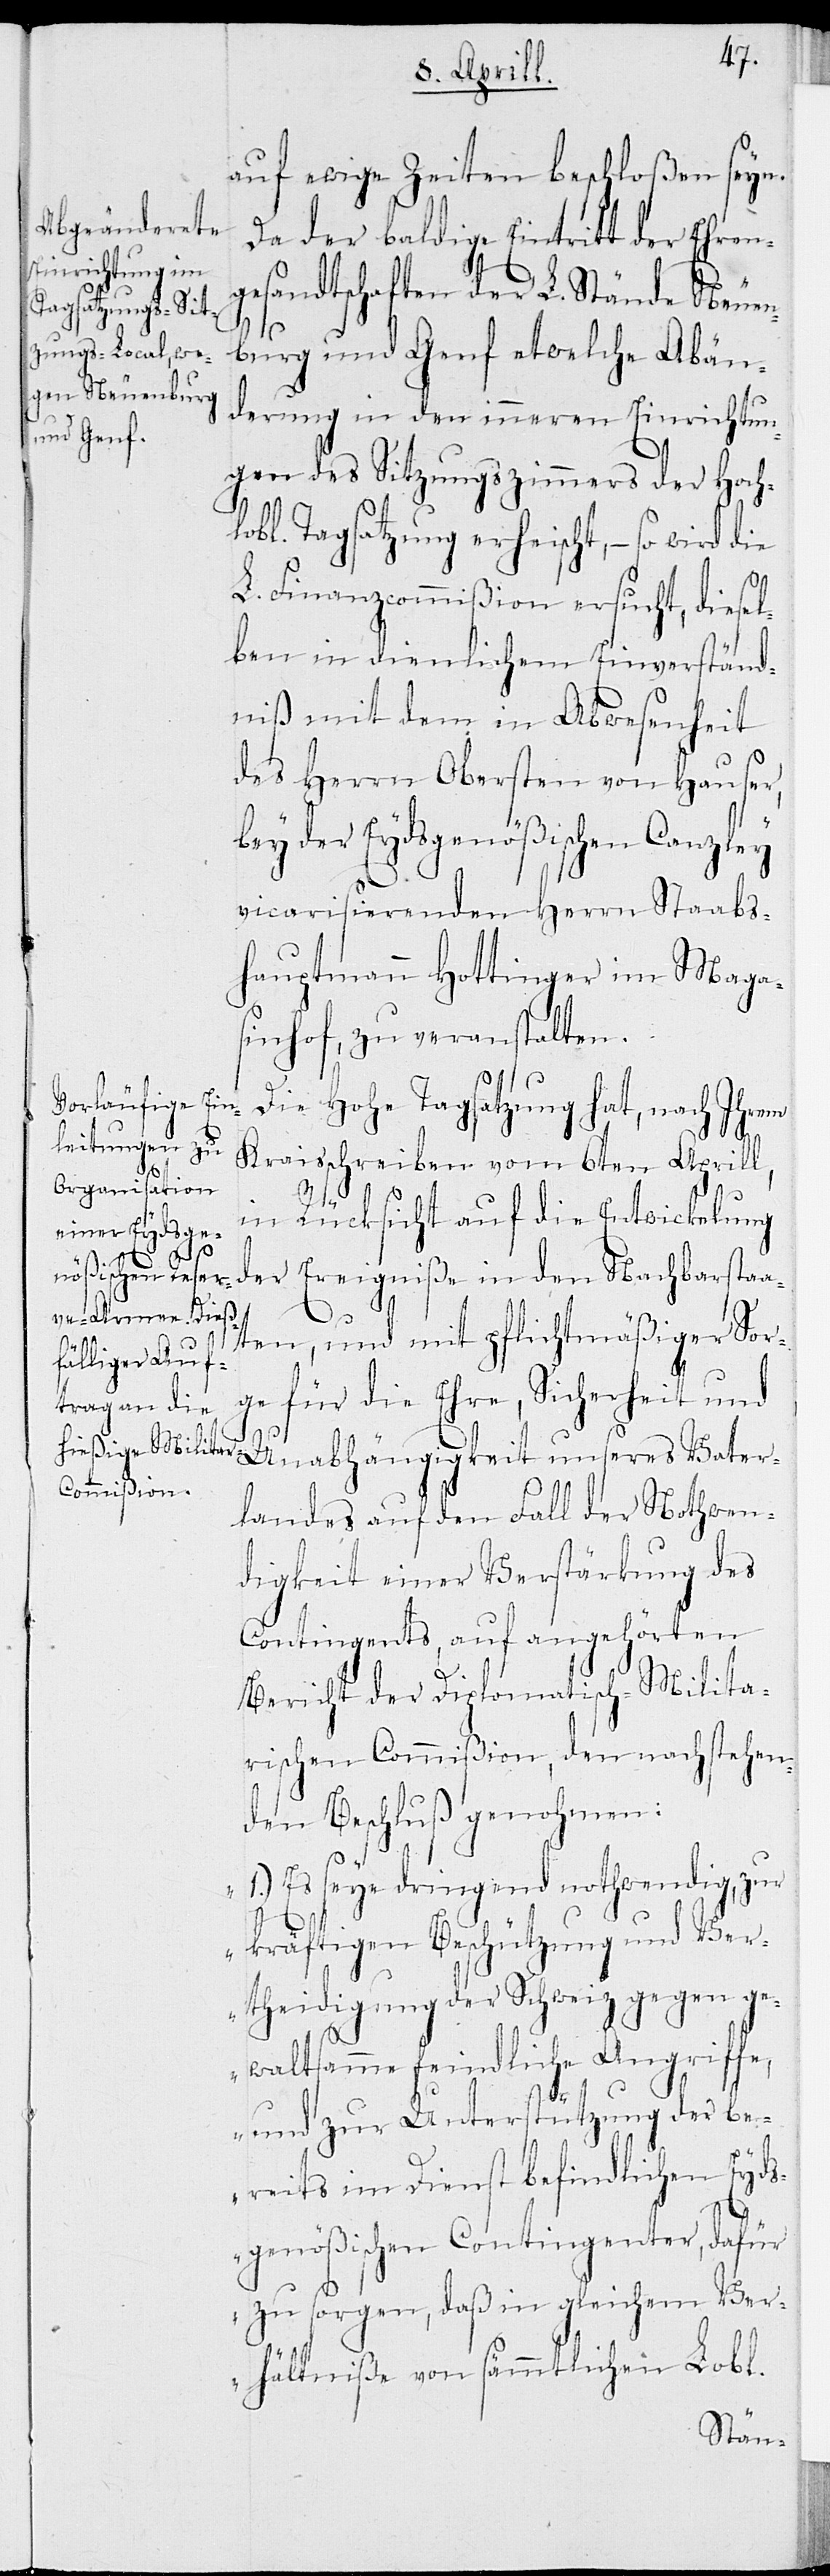
auf ewige Zeiten beschloßen seyn.
Da der baldige Eintritt der Ehreng¬
esandtschaften der L. Stände Neuen¬
burg und Genf etwelche Abän¬
derung in den inneren Einrichtun¬
gen des Sitzungszimmers der Hoch¬
lobl. Tagsatzung erheischt, – so wird die
L. Finanzcommißion ersucht, diesel¬
ben in dienlichem Einverständ¬
niß mit dem in Abwesenheit
des Herrn Obersten von Hauser,
bey der Eydsgenößischen Canzley
vicarisierenden Herrn Staabs¬
hauptmann Hottinger im Maga¬
sinhof, zu veranstalten.
Die Hohe Tagsatzung hat, nach Ihrem
Kraisschreiben vom 6ten Aprill,
in Rücksicht auf die Entwicklung
der Ereigniße in den Nachbarstaa¬
ten, und mit pflichtmäßiger Sor¬
ge für die Ehre, Sicherheit und
Unabhängigkeit unseres Vater¬
landes auf den Fall der Nothwen¬
digkeit einer Verstärkung des
Contingents, auf angehörten
Bericht der Diplomatisch-Milita¬
rischen Commißion, den nachstehen¬
den Beschluß genohmen:
„1.) Es seye dringend nothwendig, zur
kräftigen Beschützung und Ve¬
rtheidigung der Schweiz gegen ge¬
waltsamme feindliche Angriffe,
und zur Unterstützung der be¬
reits im Dienst befindlichen Eyds¬
genößischen Contingenter, dafür
zu sorgen, daß in gleichem Ver¬
hältniße von sämmtlichen Lobl.